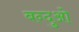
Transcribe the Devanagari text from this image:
बन्दुओ